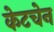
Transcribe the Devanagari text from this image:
केटचेन